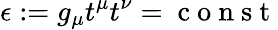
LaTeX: \epsilon:=g_{\mu}t^{\mu}t^{\nu}=\mathrm{~c~o~n~s~t~}